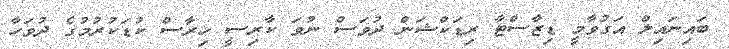
ބައިނައިލް އަގުވާމީ ޑިޒާސްޓާ ރިޑަކްޝަން ދުވަސް ނުވަ ކާރިސީ ހިރާސް ކުޑަކުރުމުގެ ދުވަހާ